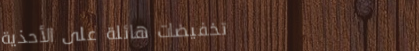
تخفيضات هائلة على الأحذية